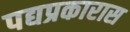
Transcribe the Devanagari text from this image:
पद्यप्रकारास